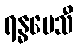
ရန္ဓမေသီ